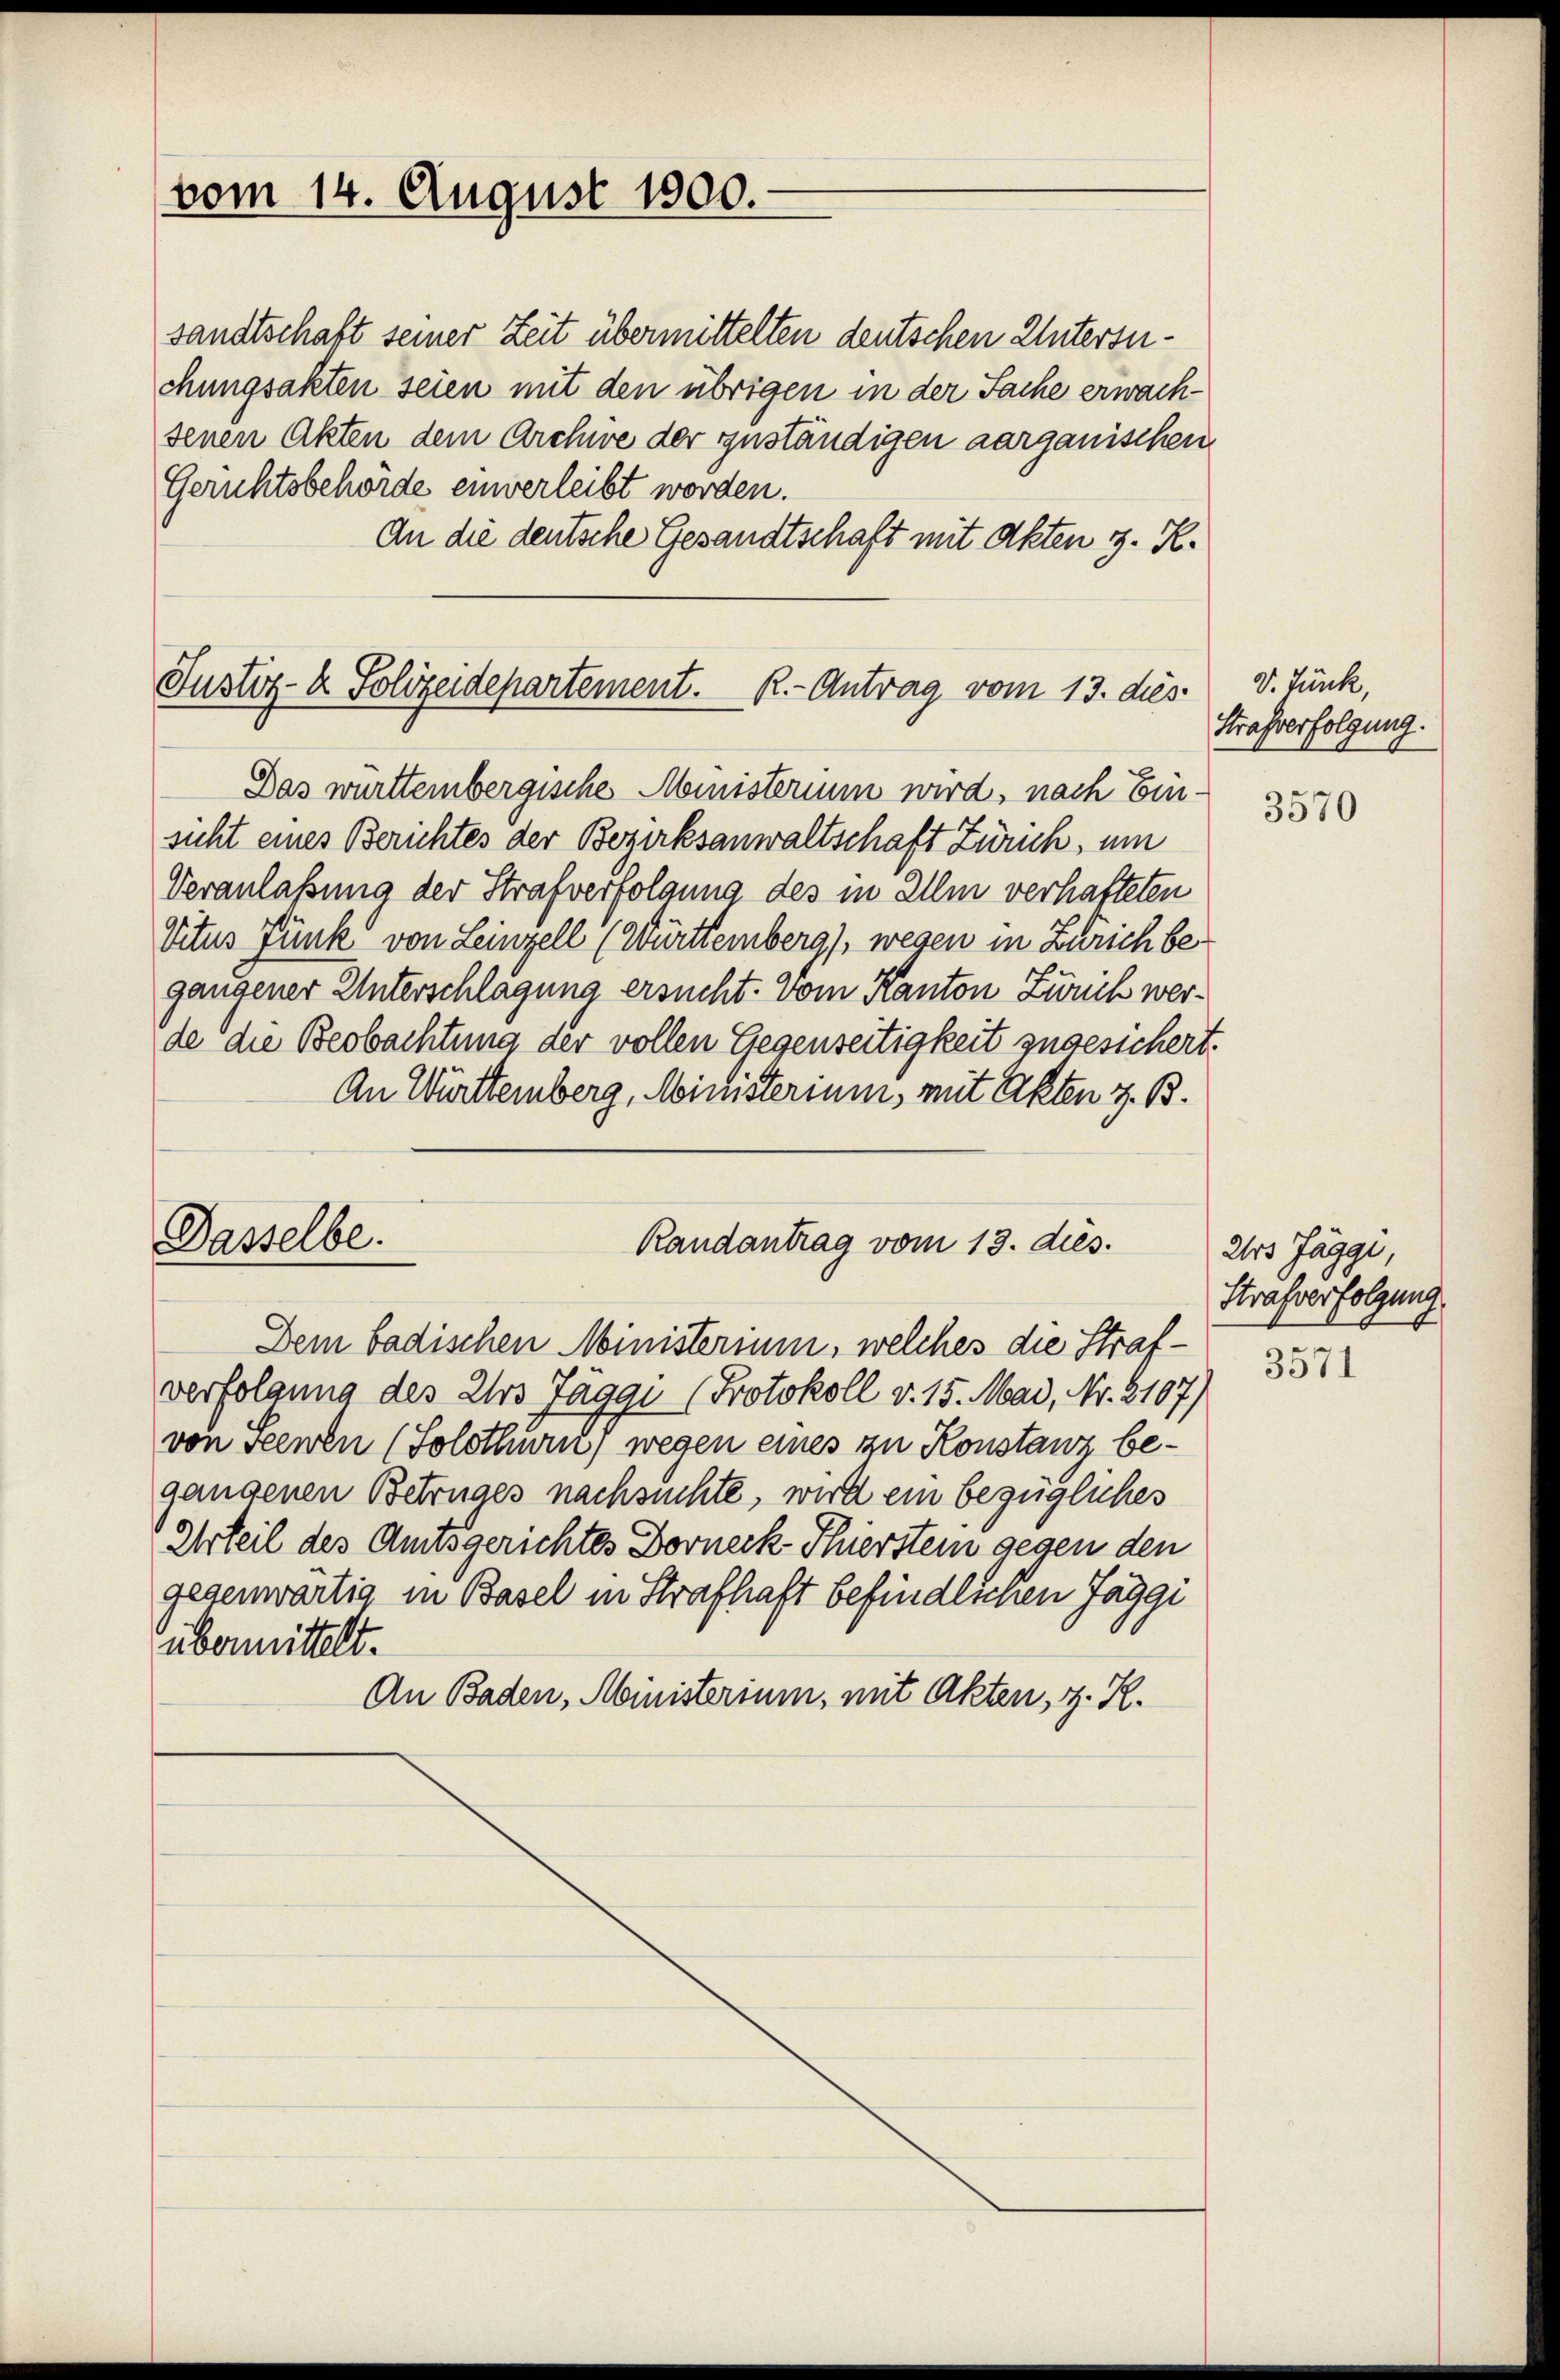
vom 14. August 1900.

Justiz- & Polizeidepartement. R.- Antrag vom 13. dies

sandtschaft seiner Zeit übermittelten deutschen Untersuchungsakten seien mit den übrigen in der Sache erwachsenen Akten dem Archwe der zuständigen aarganischen
Gerichtsbehörde einverleibt worden.
An die deutsche Gesandtschaft mit Akten 3. K.
Das württembergische Ministerium wird, nach Einsicht eines Berichtes der Bezirksanwaltschaft Zürich, um
Veranlaßung der Strafverfolgung des in Ilm verhafteten
Vitus Funk von Leinzell (Württemberg), wegen in Zürich begangener Unterschlagung ersucht. Vom Kanton Zürich werde die Beobachtung der vollen Gegenseitigkeit zugesichert.
An Württemberg, Ministerium, mit Akten z. B.

Dasselbe.

Randantrag vom 13. dies.
Dem badischen Ministerium, welches die Straf¬

verfolgung des Irs Jäggi (Protokoll v. 15. Mai, Nr. 8107)
von Seewen (Solothurn, wegen eines zu Konstanz begangenen Betruges nachsuchte, wird ein bezügliches
Urteil des Amtsgerichtes Dorneck-Thierstein gegen den
gegenwärtig in Basel in Strafhaft befindlichen Jaggi
übermittelt.
An Baden, Ministerium, mit Akten, z. R.

V. Tunk,
Strafverfolgung.

3570

Urs Jaggi,
Strafverfolgung
3571